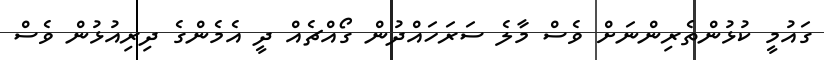
ގައުމީ ކުޅުންތެރިންނަށް ވެސް މާލެ ސަރަހައްދުން ގޯއްޗެއް ދީ އެމެންގެ ދިރިއުޅުން ވެސް